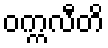
ဝက္ကလီတိ